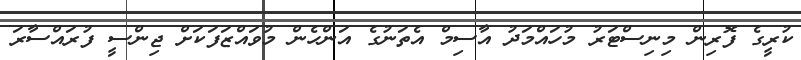
ކުރީގެ ފޮރިން މިނިސްޓަރު މުހައްމަދު އާސިމް އެތަނުގެ އަންހެން މުވައްޒަފަކަށް ޖިންސީ ފުރައްސާރަ